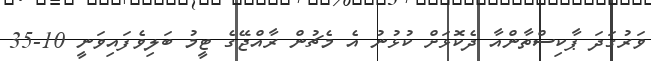
ވަރުގަދަ ޕާކިސްތާންއާ ދެކޮޅަށް ކުޅުނު އެ މެޗުން ރާއްޖޭގެ ޓީމު ބަލިވެފައިވަނީ 10-35